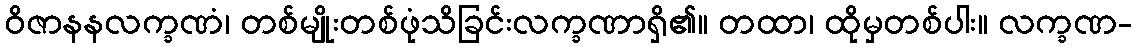
ဝိဇာနနလက္ခဏံ၊ တစ်မျိုးတစ်ဖုံသိခြင်းလက္ခဏာရှိ၏။ တထာ၊ ထိုမှတစ်ပါး။ လက္ခဏ-